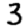
Digit: 3